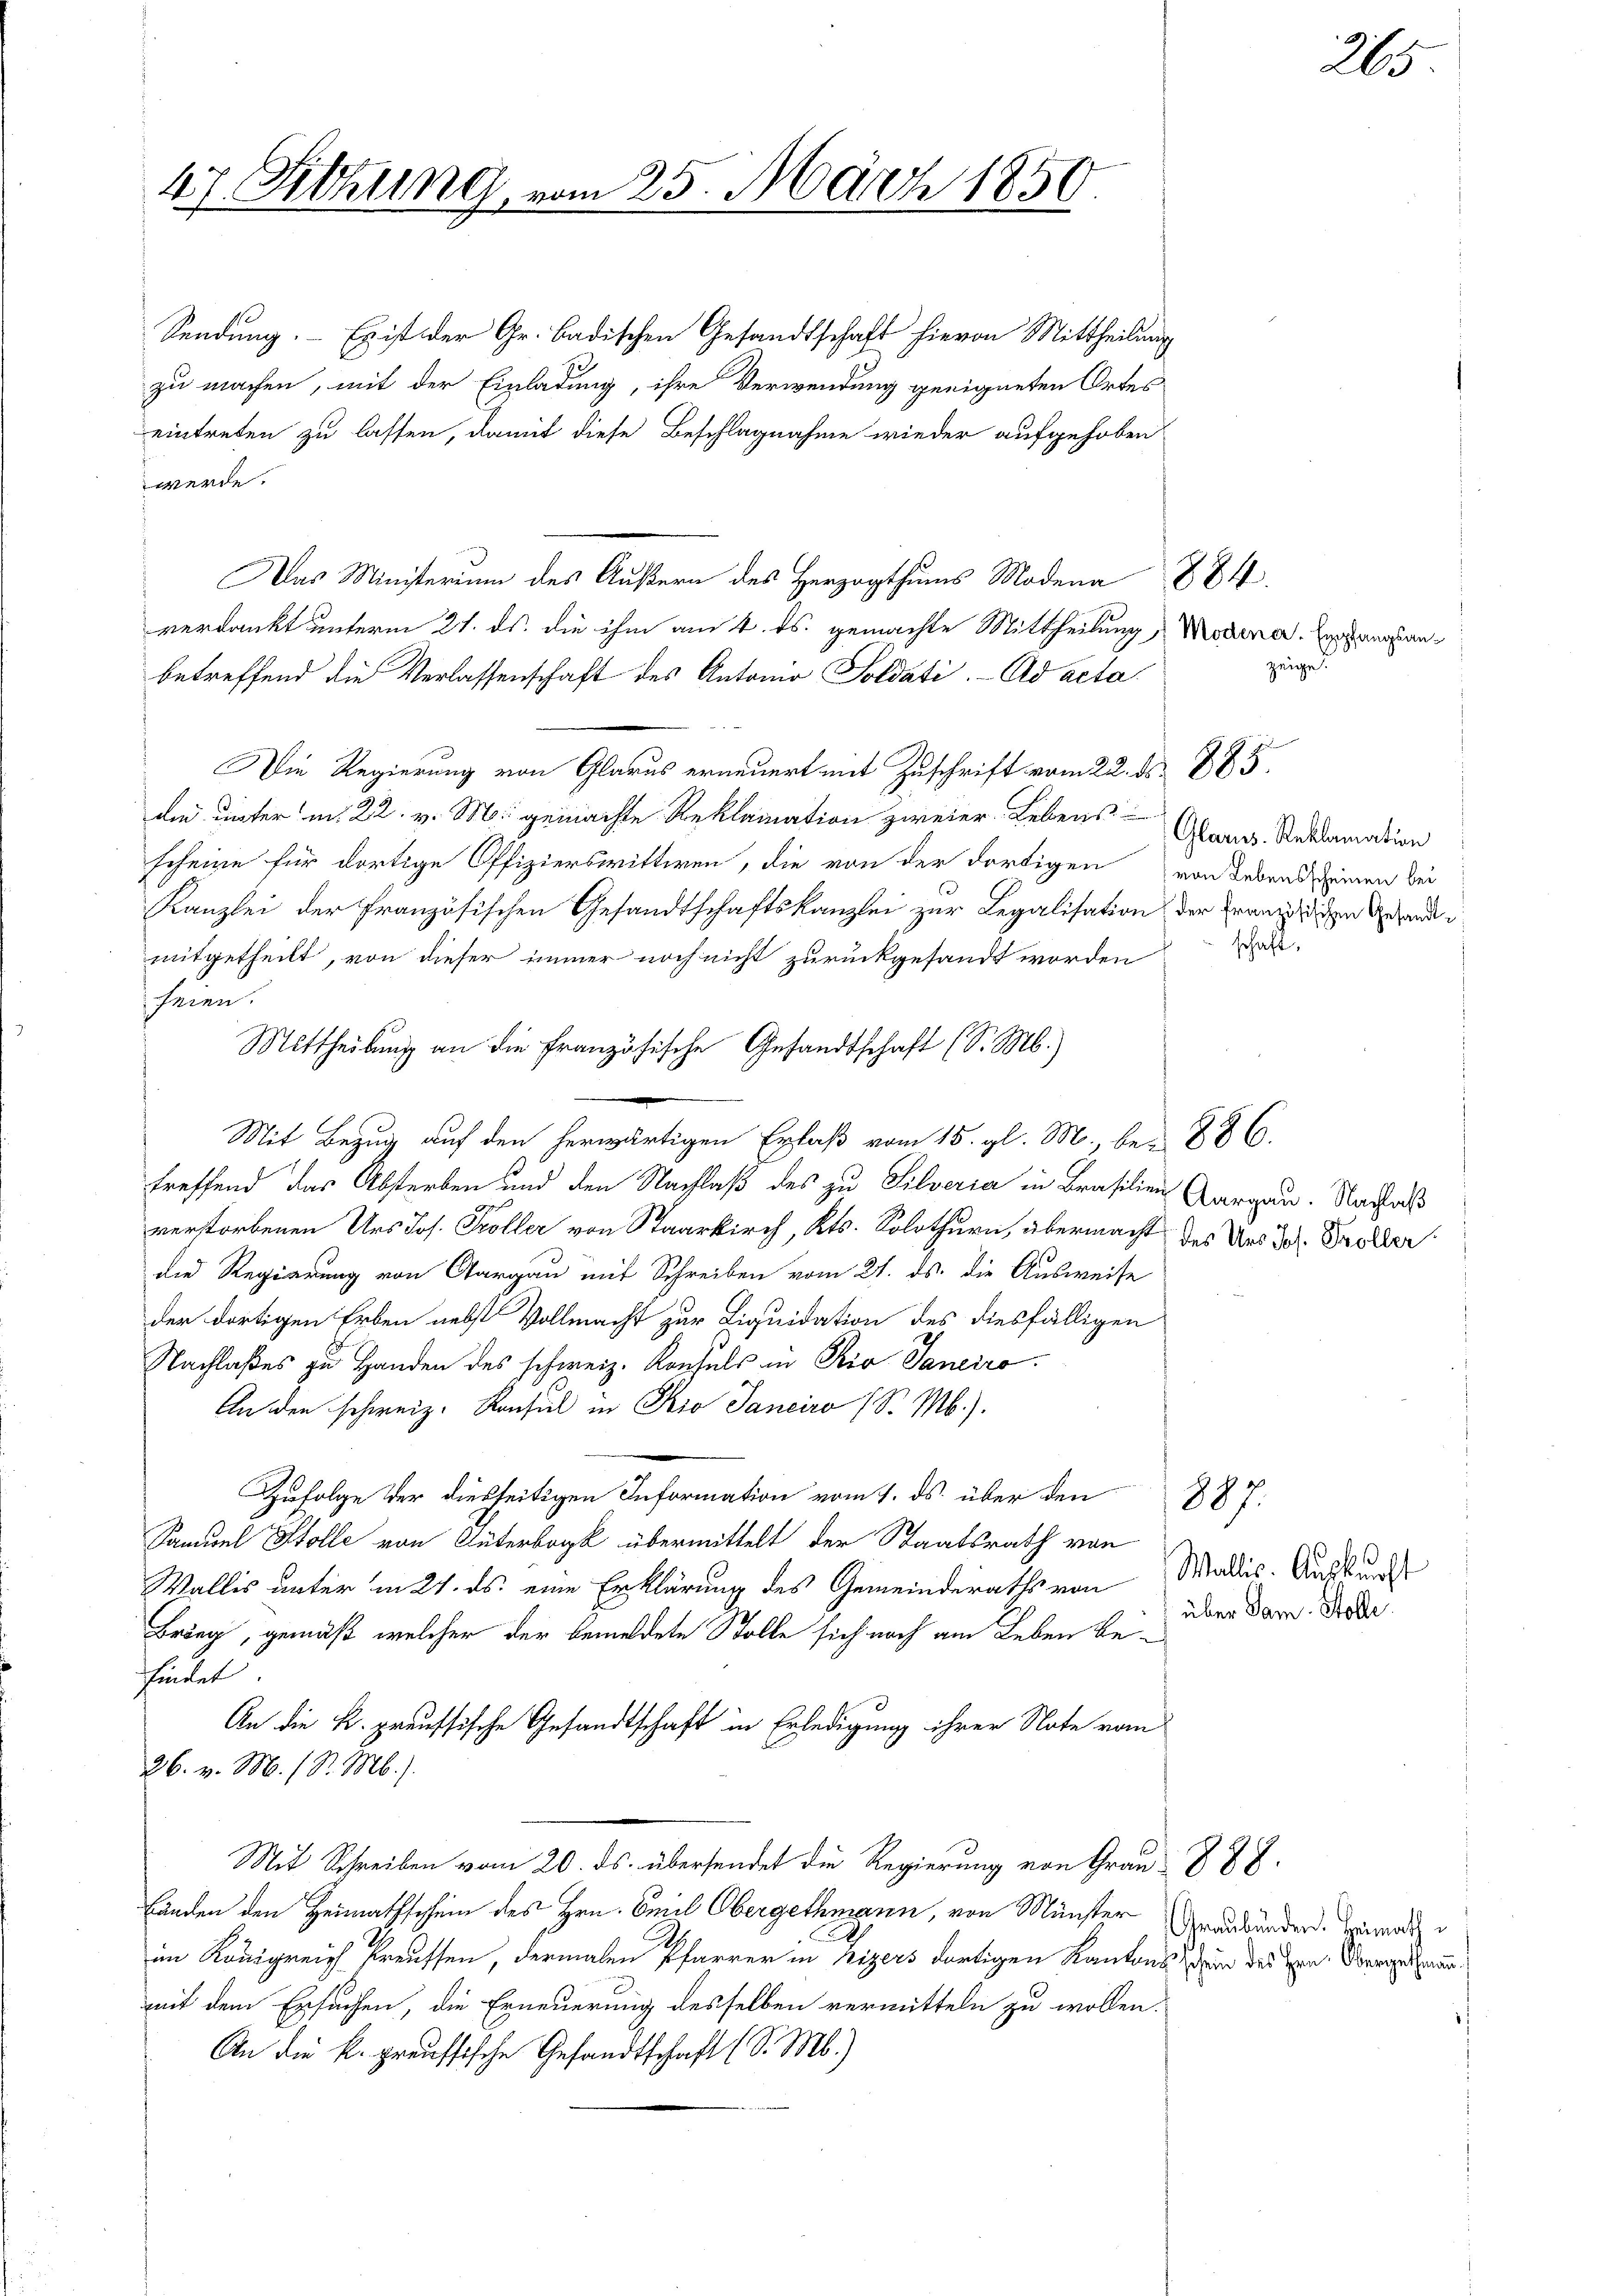
47. Sitzung, vom 25. März 1850.

Sendung. - Es ist der Gr. Badischen Gesandtschaft hievon Mittheilung
zu machen, mit der Einladung, ihre Verwendung geeigneten Ortes
eintreten zu lassen, damit diese Beschlagnahme wieder aufgehoben
werde.
Das Ministerium des Äußern des Herzogthums Modena 884.
verdankt unterm 21. ds. die ihm am 4. ds. gemachte Mittheilung, Modener. Empfangsanbetreffend die Verlassenschaft des Antonio Soldati. Ad acta
Die Regierung von Glarus erneuert mit Zuschrift vom 22. ds. 885.
die unterm 22. v. M. gemachte Reklamation zweier Lebens
scheine für dortige Offizierswittwen, die von der dortigen von Lebendsheimen bei
Kanzlei der französischen Gesandtschaftskanzlei zur Legalisation der Franzigen Gesandt i
mitgetheilt, von dieser immer noch nicht zurückgesandt worden
seien.
Mittheilung an die französische Gesandtschaft (S. M.)
Mit Bezug auf den herwärtigen Erlaß vom 15. gl. M., be- 886.
treffend das Absterben und den Nachlaß des zu Silveria in Brasilien Aargau. Nachlaß
verstorbenen Urs Jos. Kröller von Staarkirch, Kts. Solothurn, übermacht des Uns Joh. Proder
die Regierung von Aargau mit Schreiben vom 21. ds. die Ausweise
der dortigen Erben nebst Vollmacht zur Liquidation des diesfälligen
Nachlaßes zu Handen des schweiz. Konsuls in Pio Janeiro
An den schweiz. Konsul in Kio Sanciro (S. M.).
Zufolge der diesseitigen Information vom 1. ds. über den 287.
Samuel Stolle von Güterbock übermittelt der Staatsrath von
Wallis unter in 27. ds. eine Erklärung des Gemeinderaths von
Bring, gemäß, welcher der bemeldete Stolle sich noch am Leben befelet
An die k. preussische Gesandtschaft in Erledigung ihrer Note vom
26. v. M. (S. M.).
Mit Schreiben vom 20. ds. übersendet die Regierung von Grau § 87.
Länden den Heimathschein des Hrn. Emil Obergethmann, von Münster Graubünden. Heirat
im Königreich Preussen, dermalen Pfarrer in Lizers dortigen Kantons den des Hrn. Obergelan
mit dem Ersuchen, die Erneuerung desselben vermitteln zu wollen.
An die k. preussische Gesandtschaft (S. M.)

zeige

Glarus. Reklamation
schaft.

Wallis. Auskunft
über Sam. Stolle.

265